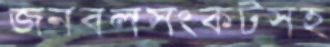
জনবলসংকটসহ